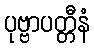
ပုဗ္ဗာပတ္တီနံ